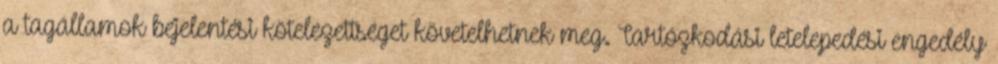
a tagállamok bejelentési kötelezettséget követelhetnek meg. Tartózkodási letelepedési engedély